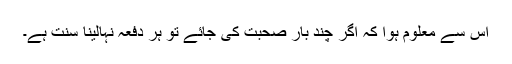
اس سے معلوم ہوا کہ اگر چند بار صحبت کی جائے تو ہر دفعہ نہالینا سنت ہے۔